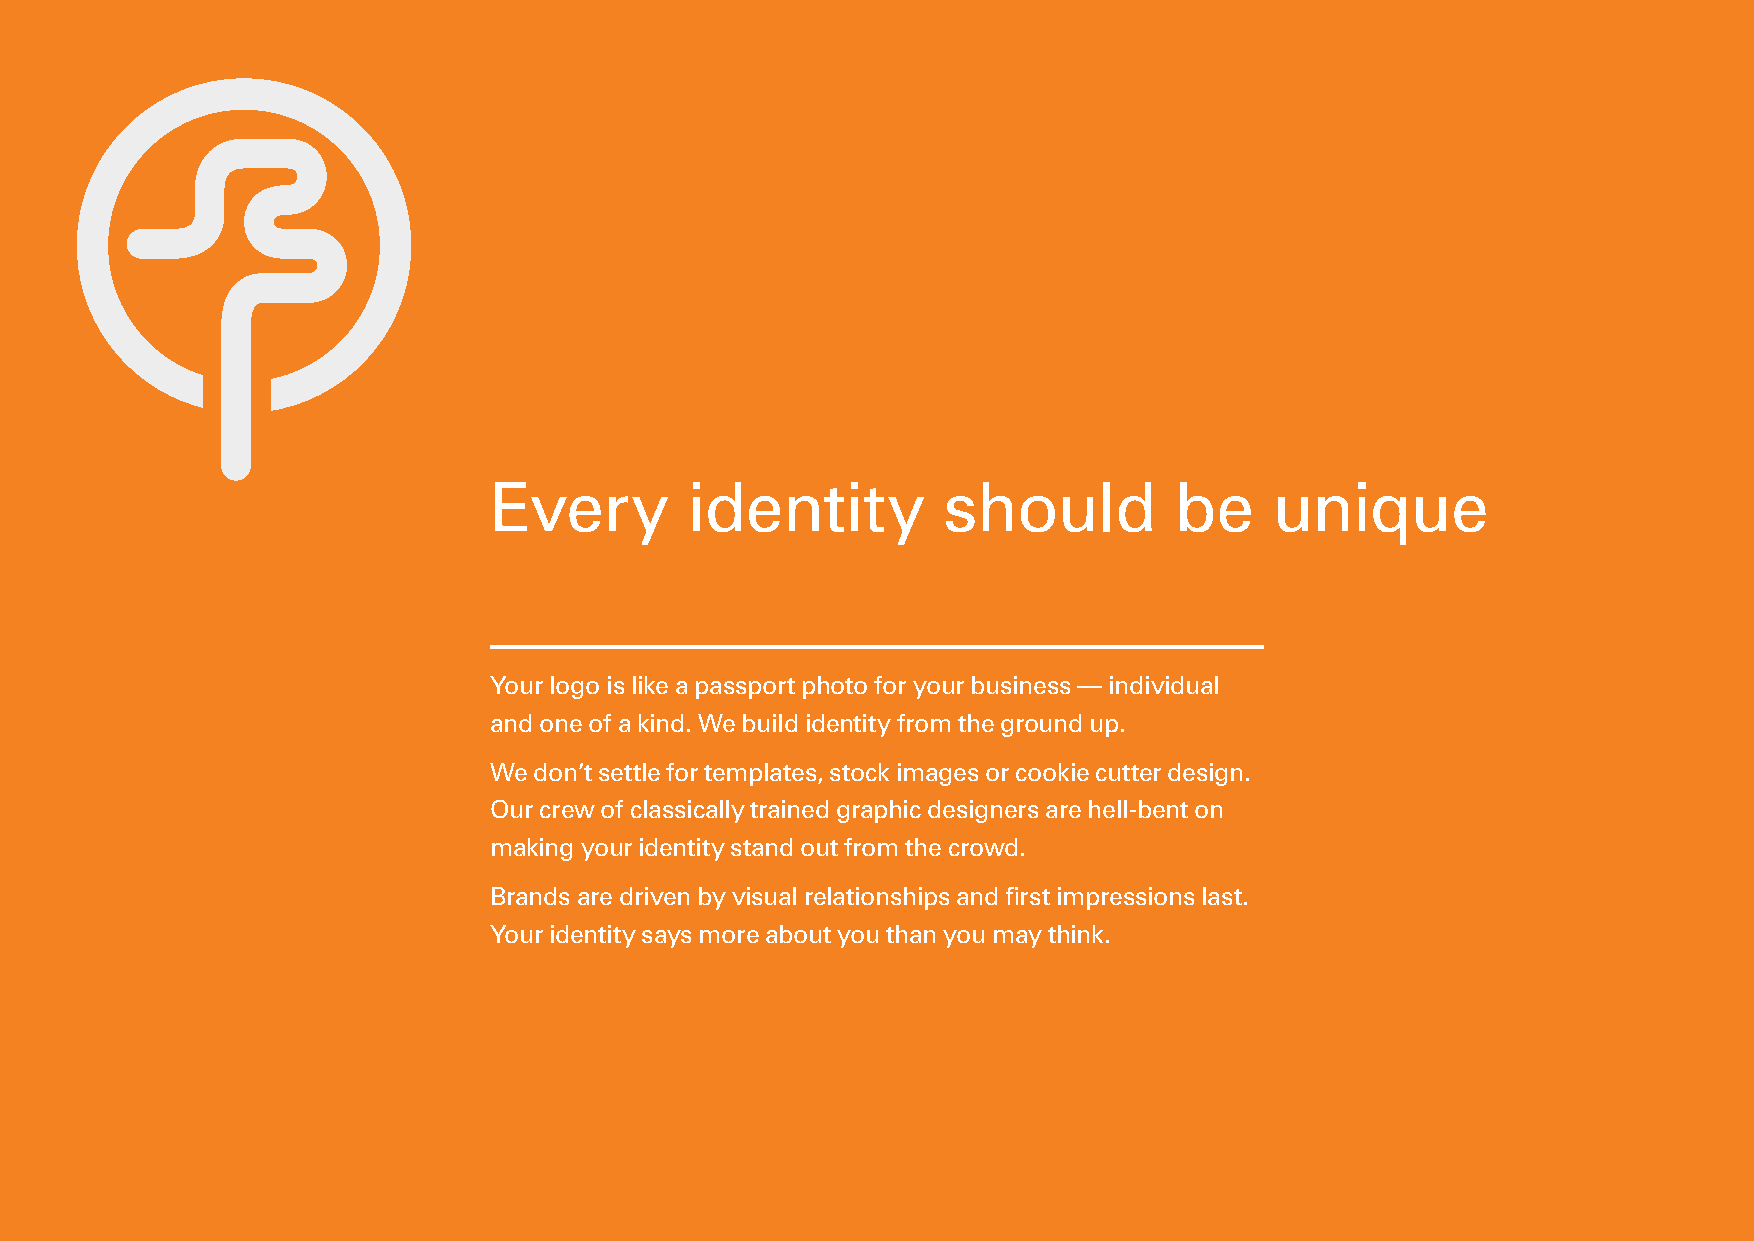
Every        identity         should          be    unique
 Your logo is like a passport photo for your business — individual
 and one of a kind. We build identity from the ground up.
 We don’t settle for templates, stock images or cookie cutter design.
 Our crew of classically trained graphic designers are hell-bent on
 making your identity stand out from the crowd.
 Brands are driven by visual relationships and first impressions last.
 Your identity says more about you than you may think.